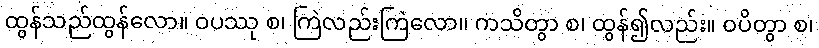
ထွန်သည်ထွန်လော။ ဝပဿု စ၊ ကြဲလည်းကြဲလော။ ကသိတွာ စ၊ ထွန်၍လည်း။ ဝပိတွာ စ၊